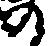
の